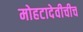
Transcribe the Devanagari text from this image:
मोहटादेवीचीच